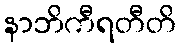
နာဘိကီရတီတိ